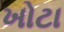
ખોટા